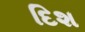
દિશ